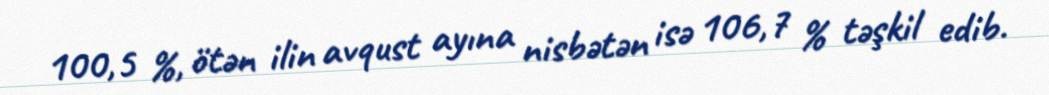
100,5 %, ötən ilin avqust ayına nisbətən isə 106,7 % təşkil edib.